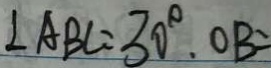
\angle A B C = 3 0 ^ { \circ } . O B =